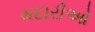
મદારીઓ